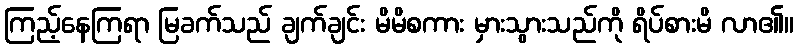
ကြည့်နေကြရာ မြခက်သည် ချက်ချင်း မိမိစကား မှားသွားသည်ကို ရိပ်စားမိ လာ၏။